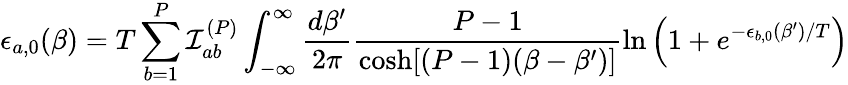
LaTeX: \epsilon_{a,0}(\beta)=T\sum_{b=1}^{P}{\cal I}_{ab}^{(P)}\int_{-\infty}^{\infty}\frac{d\beta^{\prime}}{2\pi}\frac{P-1}{\cosh[(P-1)(\beta-\beta^{\prime})]}\ln\left(1+e^{-\epsilon_{b,0}(\beta^{\prime})/T}\right)